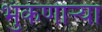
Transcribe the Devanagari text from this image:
भुंकणाऱ्या